Vaccination in Bombay 1874-1876 - 1874-1876
Year: 1874
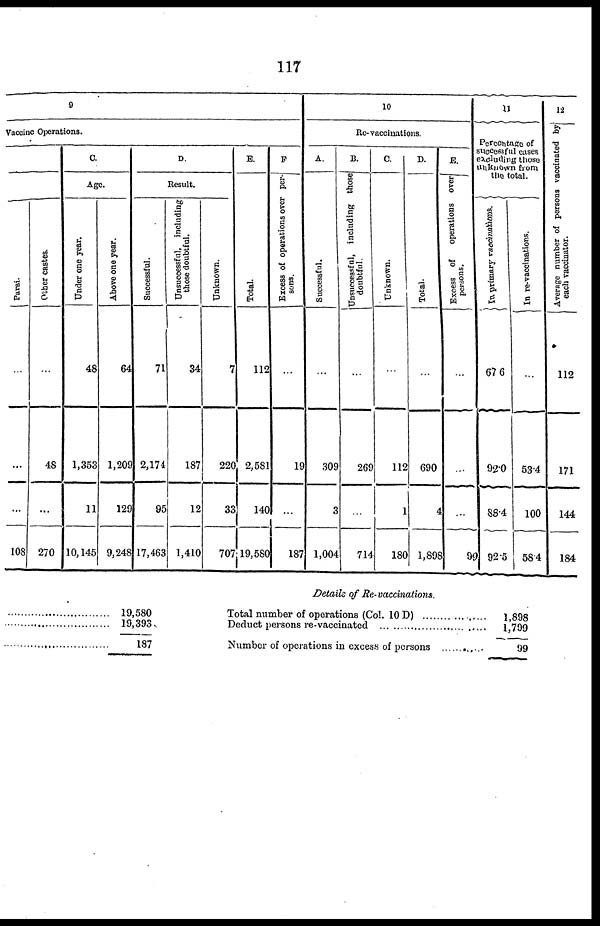
117
9
Vaccine Operations.
Parsi.
...
...
...
108
Other castes.
...
48
...
270
C.
Age.
Under one year.
48
1,353
11
10,145
Above one year.
64
1,209
129
9,248
D.
Result.
Successful.
71
2,174
95
17,463
Unsuccessful, including
those doubtful.
34
187
12
1,410
Unknown.
7
220
33
707
E.
Total.
112
2,581
140
19,580
F.
Excess of operations over per-
sons.
...
19
...
187
10
Re-vaccinations.
A.
Successful.
...
309
3
1,004
B.
Unsuccessful, including those
doubtful.
...
269
...
714
C.
Unknown.
...
112
1
180
D.
Total.
...
690
4
l,898
E.
Excess of
operations over
persons.
...
...
...
99
11
Percentages of
successful cases
excluding those
Unknown from
the total.
In primary vccinations.
67.6
92.0
88.4
92.5
In re-vaccinations.
...
53.4
100
58.4
12
Average number of persons vaccinated by
each vaccinator.
112
171
144
184
..............................
..............................
..............................
19,580
19,393
187
Details of Re- vaccinations.
Total number of operations (Col.10 D ) ...............
Deduct persons re-vaccinated.................................
Number of operations in excess of persons
1,898
1,799
99